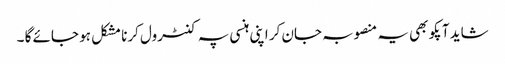
شاید آپکو بھی یہ منصوبہ جان کر اپنی ہنسی پہ کنٹرول کرنا مشکل ہو جائے گا ۔